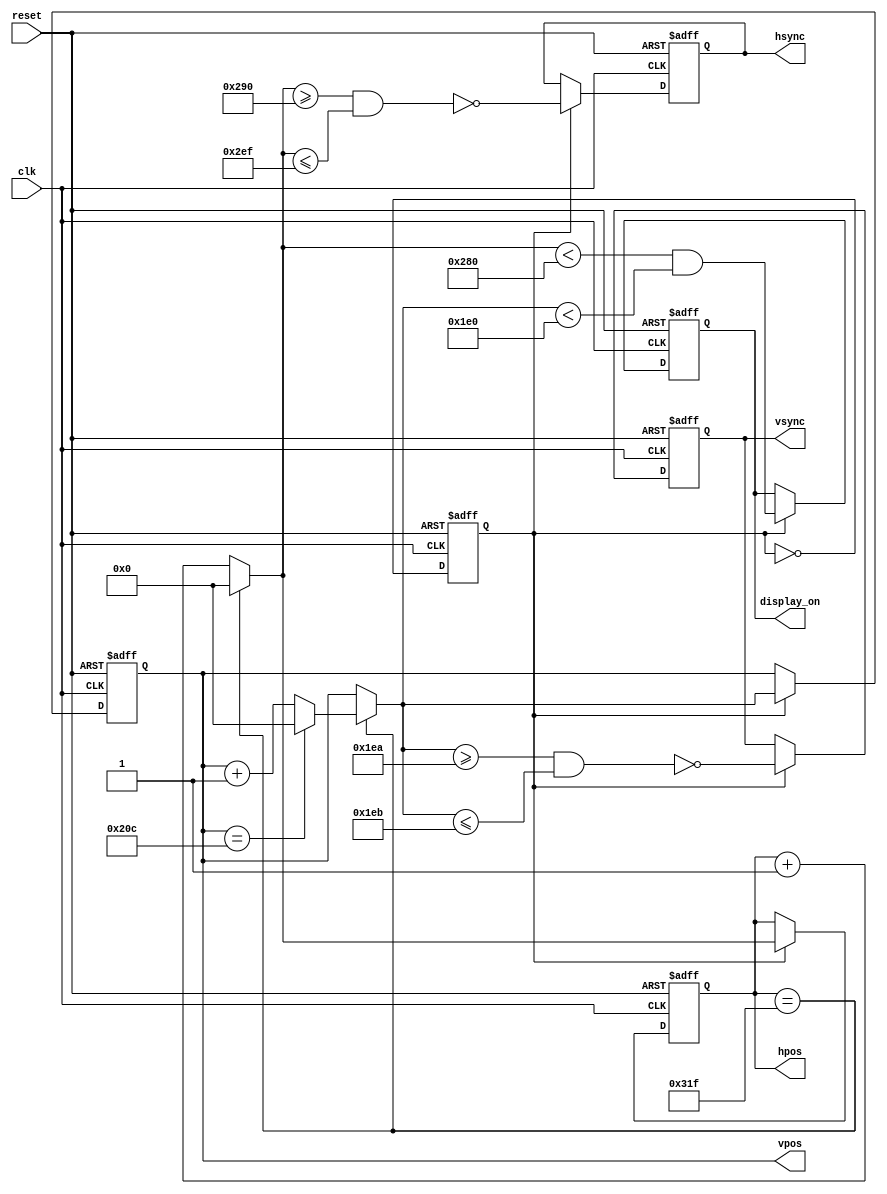
module hvsync_generator(clk, reset, hsync, vsync, display_on, hpos, vpos);

  input clk;
  input reset;
  output reg hsync, vsync;
  output reg display_on;
  output reg [9:0] hpos;
  output reg [9:0] vpos;

	// horizontal constants
	parameter H_DISPLAY = 640; // horizontal display width
	parameter H_FRONT = 16; // horizontal right border (front porch)
	parameter H_SYNC = 96; // horizontal sync width
	parameter H_BACK = 48; // horizontal left border (back porch)
	// vertical constants
	parameter V_DISPLAY = 480; // vertical display height
	parameter V_BOTTOM = 10; // vertical bottom border
	parameter V_SYNC = 2; // vertical sync # lines
	parameter V_TOP = 33; // vertical top border
	// derived constants

	parameter H_SYNC_START = H_DISPLAY + H_FRONT;
	parameter H_SYNC_END = H_DISPLAY + H_FRONT + H_SYNC - 1;
	parameter H_MAX = H_DISPLAY + H_FRONT + H_SYNC + H_BACK - 1;

	parameter V_SYNC_START = V_DISPLAY + V_BOTTOM;
	parameter V_SYNC_END = V_DISPLAY + V_BOTTOM + V_SYNC - 1;
	parameter V_MAX = V_DISPLAY + V_BOTTOM + V_SYNC + V_TOP - 1;

	// calculating next values of the counters

	reg [9:0] d_hpos;
	reg [9:0] d_vpos;

	always @*
		if (hpos == H_MAX)
		begin
			d_hpos = 0;
			if (vpos == V_MAX)
				d_vpos = 0;
			else
				d_vpos = vpos + 1;
		end
		else
		begin
			d_hpos = hpos + 1;
			d_vpos = vpos;
		end

	// enable to divide clock from 50 MHz to 25 MHZ

	reg clk_en;

	always @ (posedge clk or posedge reset)
		if (reset)
			clk_en <= 0;
		else
			clk_en <= ~ clk_en;

	// making all outputs registered

	always @ (posedge clk or posedge reset)
	if (reset)
	begin
		hsync <= 0;
		vsync <= 0;
		display_on <= 0;
		hpos <= 0;
		vpos <= 0;
	end
	else if (clk_en)
	begin
		hsync <= ~ ( d_hpos >= H_SYNC_START && d_hpos <= H_SYNC_END );
		vsync <= ~ ( d_vpos >= V_SYNC_START && d_vpos <= V_SYNC_END );

		display_on <= ( d_hpos < H_DISPLAY && d_vpos < V_DISPLAY );

		hpos <= d_hpos;
		vpos <= d_vpos;
	end
endmodule